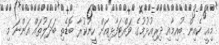
މިއީ ކެއިން ބުއިމާއި ދިރިއުޅުމުގެ ވައްޓަފާޅިއަށް ހީނުކުރާ ބޮޑެތި ބަދަލުތައް އަންނަ މި